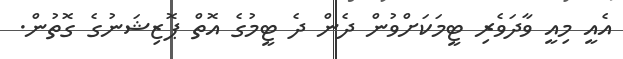
އެއީ މިއީ ވާދަވެރި ޓީމަކަށްވުން ދެން ދެ ޓީމުގެ އޮތް ޕޮޒިޝަނުގެ ގޮތުން.